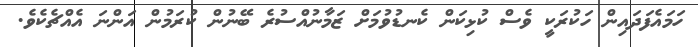
ހަމައެފަދައިން ހަކުރަކީ ވެސް ކުޅިކަން ކެނޑުވުމަށް ޒަމާނުއްސުރެ ބޭނުން ކުރަމުން އަންނަ އެއްޗެކެވެ.